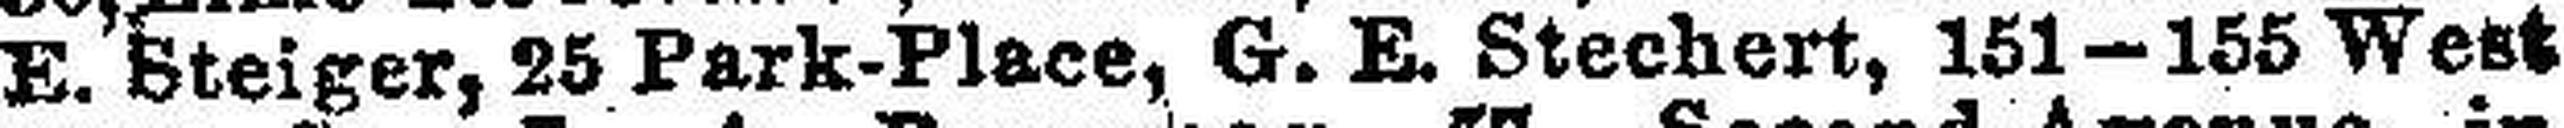
E. Steiger, 25 Park-Place, G. E. Stechert, 151—155 West